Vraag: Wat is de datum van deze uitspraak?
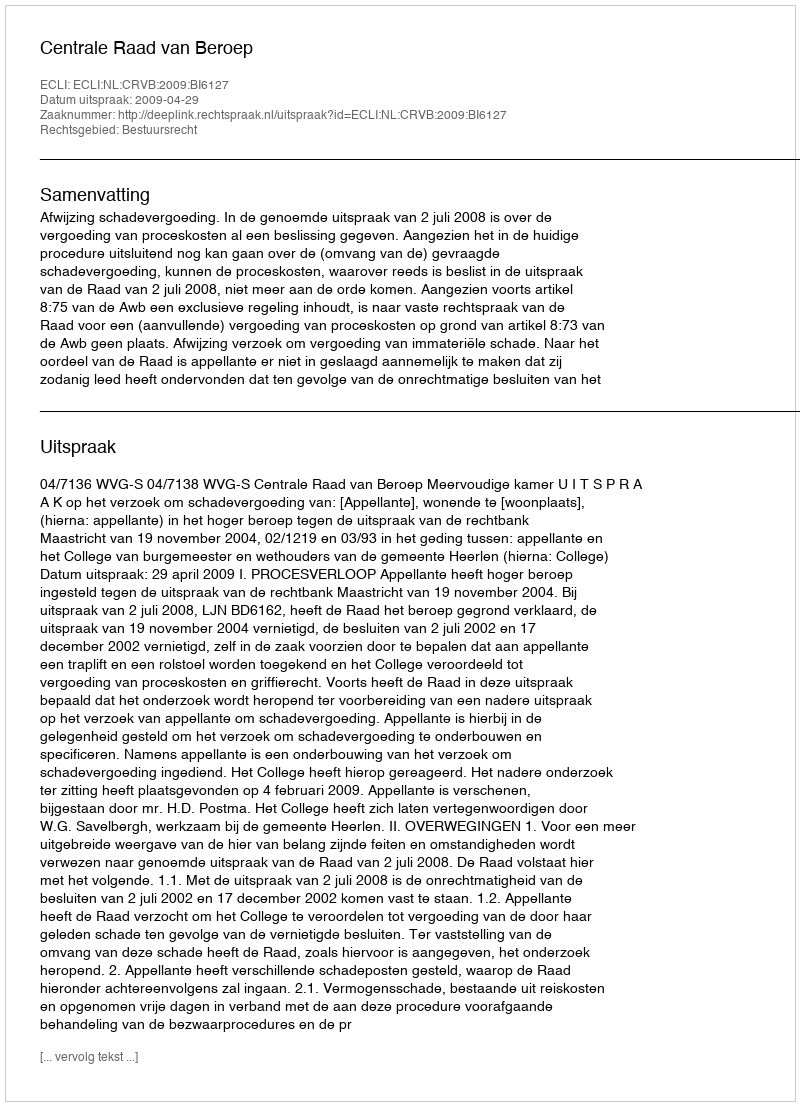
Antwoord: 2009-04-29